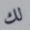
لك